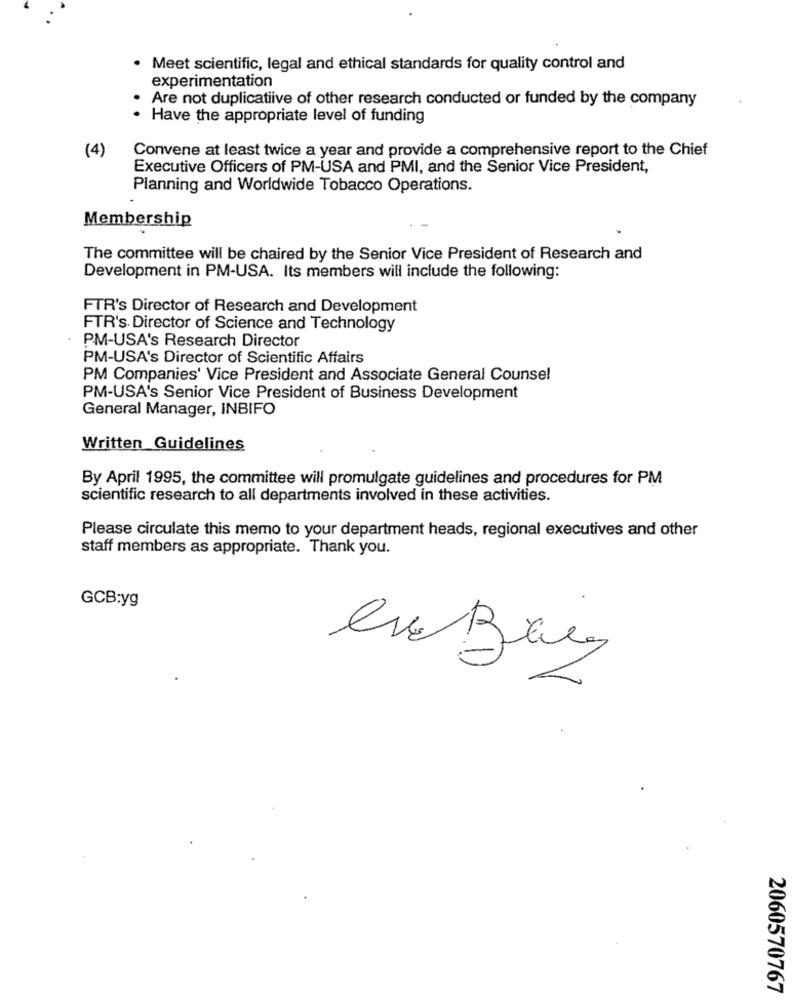
Meet scientific, legal and ethical standards for quality control and
experimentation
Are not duplicatiive of other research conducted or funded by the company
Have the appropriate level of funding
(4)
Convene at least twice a year and provide a comprehensive report to the Chief
Executive Officers of PM-USA and PMI, and the Senior Vice President,
Planning and Worldwide Tobacco Operations.
Membership
The committee will be chaired by the Senior Vice President of Research and
Development in PM-USA. Its members will include the following:
FTR's Director of Research and Development
FTR's Director of Science and Technology
PM-USA's Research Director
PM-USA's Director of Scientific Affairs
PM Companies' Vice President and Associate General Counsel
PM-USA's Senior Vice President of Business Development
General Manager, INBIFO
Written Guidelines
By April 1995, the committee will promulgate guidelines and procedures for PM
scientific research to all departments involved in these activities.
Please circulate this memo to your department heads, regional executives and other
staff members as appropriate. Thank you.
GCB:yg
2060570767